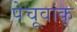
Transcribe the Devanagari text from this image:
पेचूवांक्